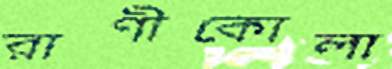
রাণীকোলা